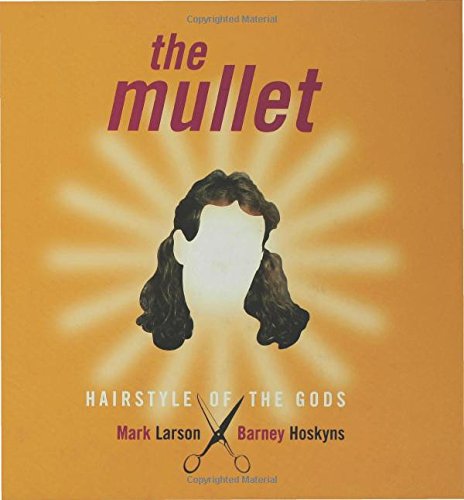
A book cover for The Mullet: Hairstyle of the Gods; Mark Larson; Health, Fitness & Dieting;